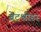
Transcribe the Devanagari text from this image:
ब्रेटश्नीडर